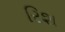
રિશ